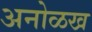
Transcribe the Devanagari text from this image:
अनोळख